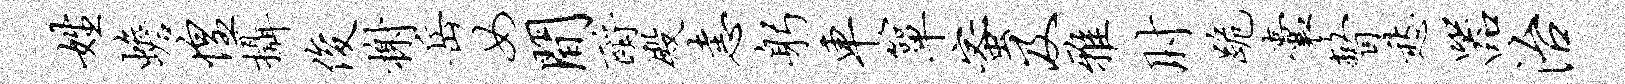
姓蟾惶摄俊榭岳女间酹殿恚躬车箪蜜及雅肘跪囊瞥愁器治